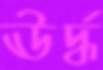
ঊর্দ্ধ